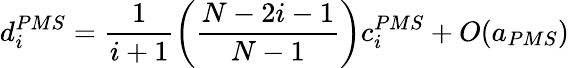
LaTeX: d_{i}^{PMS}=\frac{1}{i+1}\bigg(\frac{N-2i-1}{N-1}\bigg)c_{i}^{PMS}+O(a_{PMS})